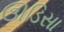
ઊડિસા